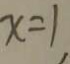
x = 1 ,